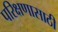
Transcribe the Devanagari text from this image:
परिक्षणासाठी